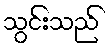
သွင်းသည်